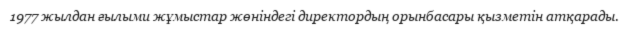
1977 жылдан ғылыми жұмыстар жөніндегі директордың орынбасары қызметін атқарады.